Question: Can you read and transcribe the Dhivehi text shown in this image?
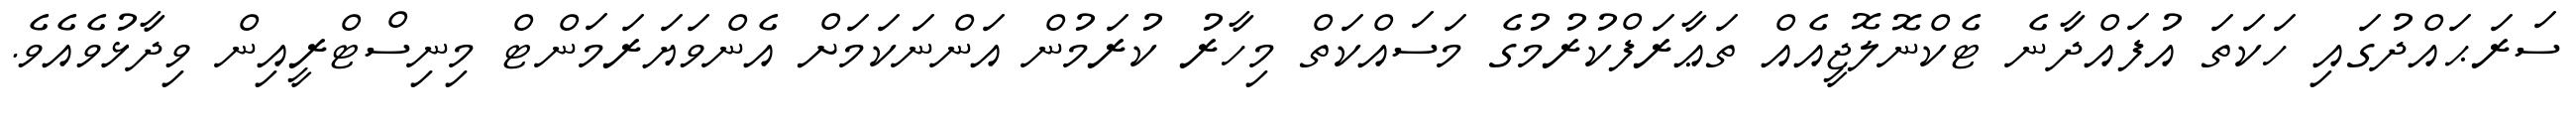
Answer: ސަރަޙައްދުގައި ހަކަތަ އުފައްދާނެ ޓެކްނޮލޮޖީއެއް ތަޢާރަފްކުރުމުގެ މަސައްކަތް މިހާރު ކުރަމުން އަންނަކަމަށް އެންވަޔަރަމަންޓް މިނިސްޓްރީއިން ވިދާޅުވެއެވެ.